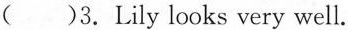
( )3.Lily looks very well.